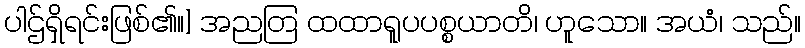
ပါဌ်ရှိရင်းဖြစ်၏။] အညတြ ထထာရူပပစ္စယာတိ၊ ဟူသော။ အယံ၊ သည်။